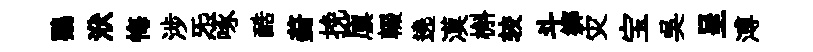
鸚洑悔涉炁啄酷葑挽廪輟遶漠槲较斗鄉灾宝吳呈溥